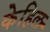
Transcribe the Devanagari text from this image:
केहिल